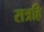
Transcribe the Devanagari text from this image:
रात्रहि